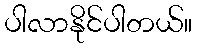
ပါလာနိုင်ပါတယ်။